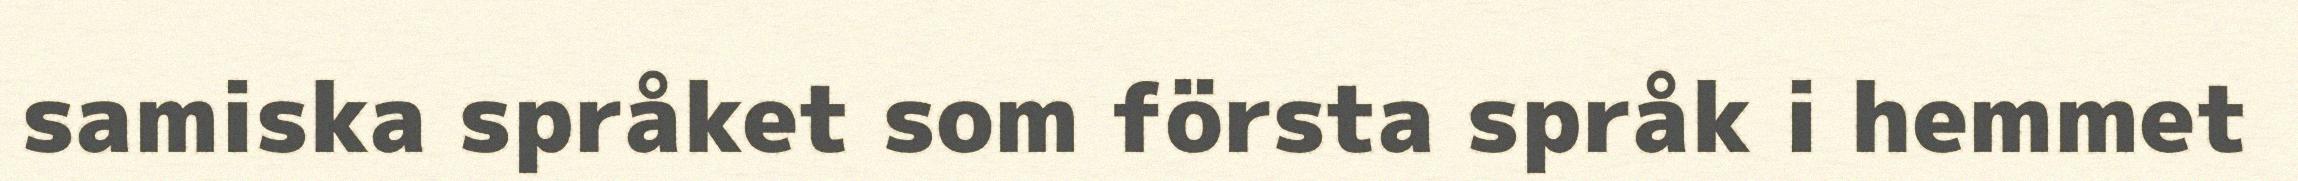
samiska språket som första språk i hemmet